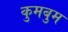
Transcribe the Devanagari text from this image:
कुमबुम